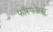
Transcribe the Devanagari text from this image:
फाँस्फोरस